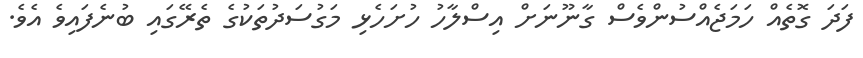
ފަދަ ގޮތެއް ހަމަޖެއްސުންވެސް ގާނޫނަށް އިސްލާހު ހުށަހެޅި މަގުސަދުތަކުގެ ތެރޭގައި ބުނެފައިވެ އެވެ.